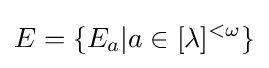
E=\{E_{a}|a\in [\lambda ]^{<\omega }\}